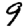
Digit: 9